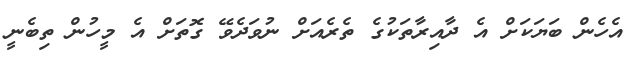
އެހެން ބަޔަކަށް އެ ދާއިރާތަކުގެ ތެރެއަަށް ނުވަދެވޭ ގޮތަށް އެ މީހުން ތިބެނީ